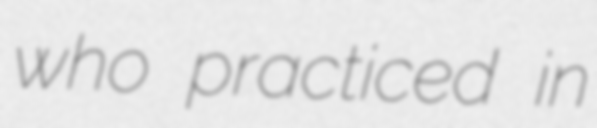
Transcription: who practiced in